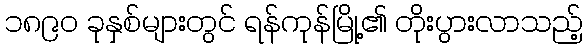
၁၈၉၀ ခုနှစ်များတွင် ရန်ကုန်မြို့၏ တိုးပွားလာသည့်